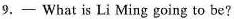
9,- What is Li Ming going to be?